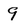
Character: 9